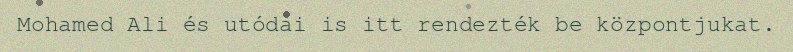
Mohamed Ali és utódai is itt rendezték be központjukat.